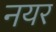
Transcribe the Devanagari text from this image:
नयर